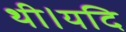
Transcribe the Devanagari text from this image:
थी।यदि